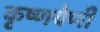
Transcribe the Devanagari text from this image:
कृष्णवेणी